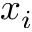
x _ { i }